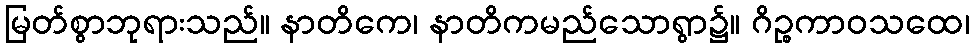
မြတ်စွာဘုရားသည်။ နာတိကေ၊ နာတိကမည်သောရွာ၌။ ဂိဉ္စကာဝသထေ၊